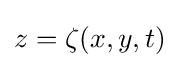
z=\zeta (x,y,t)